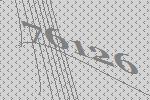
76126